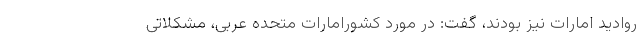
روادید امارات نیز بودند، گفت: در مورد کشورامارات متحده عربی، مشکلاتی